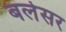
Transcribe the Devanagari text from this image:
बलेसर